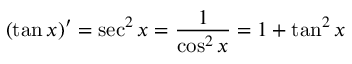
( \tan x ) ^ { \prime } = \sec ^ { 2 } x = { \frac { 1 } { \cos ^ { 2 } x } } = 1 + \tan ^ { 2 } x